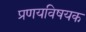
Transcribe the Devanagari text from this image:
प्रणयविषयक